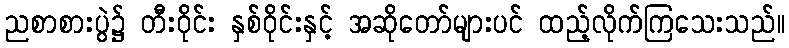
ညစာစားပွဲ၌ တီးဝိုင်း နှစ်ဝိုင်းနှင့် အဆိုတော်များပင် ထည့်လိုက်ကြသေးသည်။